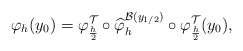
\begin{align*} \varphi_h (y_0) = \varphi_{\frac{h}{2}}^{ \mathcal{T}} \circ\widehat \varphi_h^{\mathcal{B}(y_{1/2})} \circ\varphi_{\frac{h}{2}}^{ \mathcal{T}}(y_0),\end{align*}